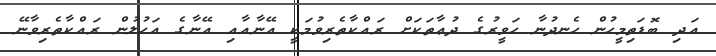
އަދި ބޮޑަތިމީހުން ހެނދުނާ ހަވީރުގެ ދުޢާތަކަށް ރައްކާތެރިވުމަކީ އޭނާއާއި އޭނާގެ އަހުލުން ރައްކާތެރިވާނޭ